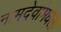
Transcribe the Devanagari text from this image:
नामदेवांमधला